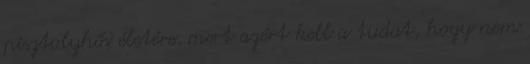
pisztolyhős életére. mert azért kell a tudat, hogy nem